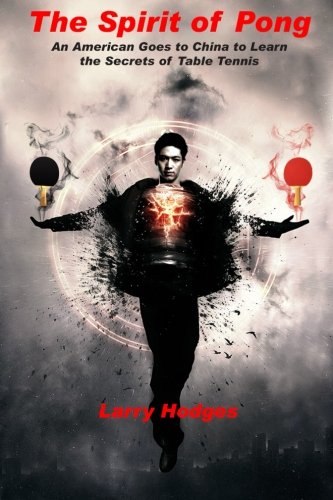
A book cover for The Spirit of Pong; Larry Hodges; Sports & Outdoors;